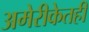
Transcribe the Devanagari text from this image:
अमेरीकेतही